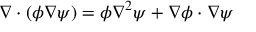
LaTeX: \nabla \cdot ( \phi \nabla \psi ) = \phi \nabla ^ { 2 } \psi + \nabla \phi \cdot \nabla \psi